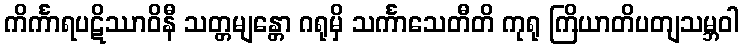
ကိင်္ကာရပဋိဿာဝိနီ သတ္တမျန္တော ဂရုမှိ သင်္ကာသေတီတိ ကုရု ကြိယာတိပတျသမ္ဘဝါ